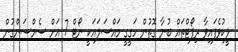
ލީކުވެފައިވާ ރިޕޯޓްތައް ބުނާ ގޮތުން ހަގީގީ މައްސަލައަކީ ނޯޓް 7 އަށް ސެމްސަންގުން